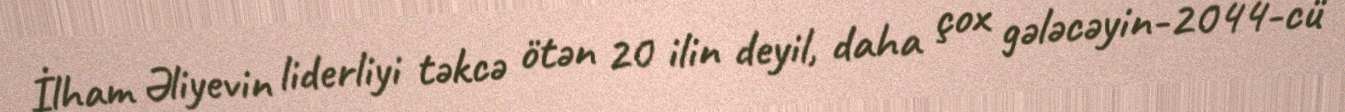
İlham Əliyevin liderliyi təkcə ötən 20 ilin deyil, daha çox gələcəyin-2044-cü